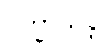
ပက္ခာယန္တိ